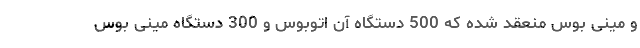
و مینی بوس منعقد شده که 500 دستگاه آن اتوبوس و 300 دستگاه مینی بوس